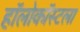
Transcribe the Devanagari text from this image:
हॉलोकॉस्टला